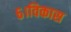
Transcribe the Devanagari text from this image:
६।विकास